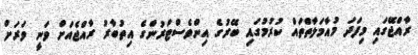
ރާއްޖޭގައި މިފަދަ މުއާމަލާތްތައް ކުރުމުގައި ބޭރުގެ އިންވެސްޓަރުންގެ އިތުބާރު ރާއްޖެއަށް ވަނީ ވަރަށް